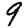
Digit: 9